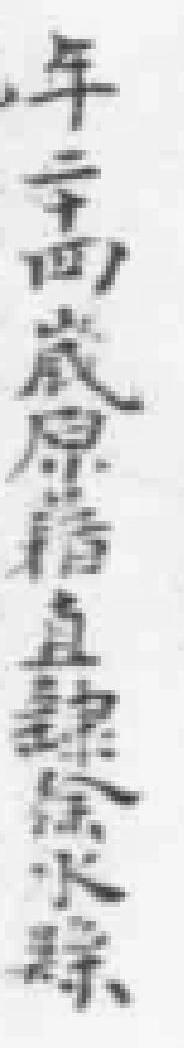
年二十四歲原籍直隸徐水縣